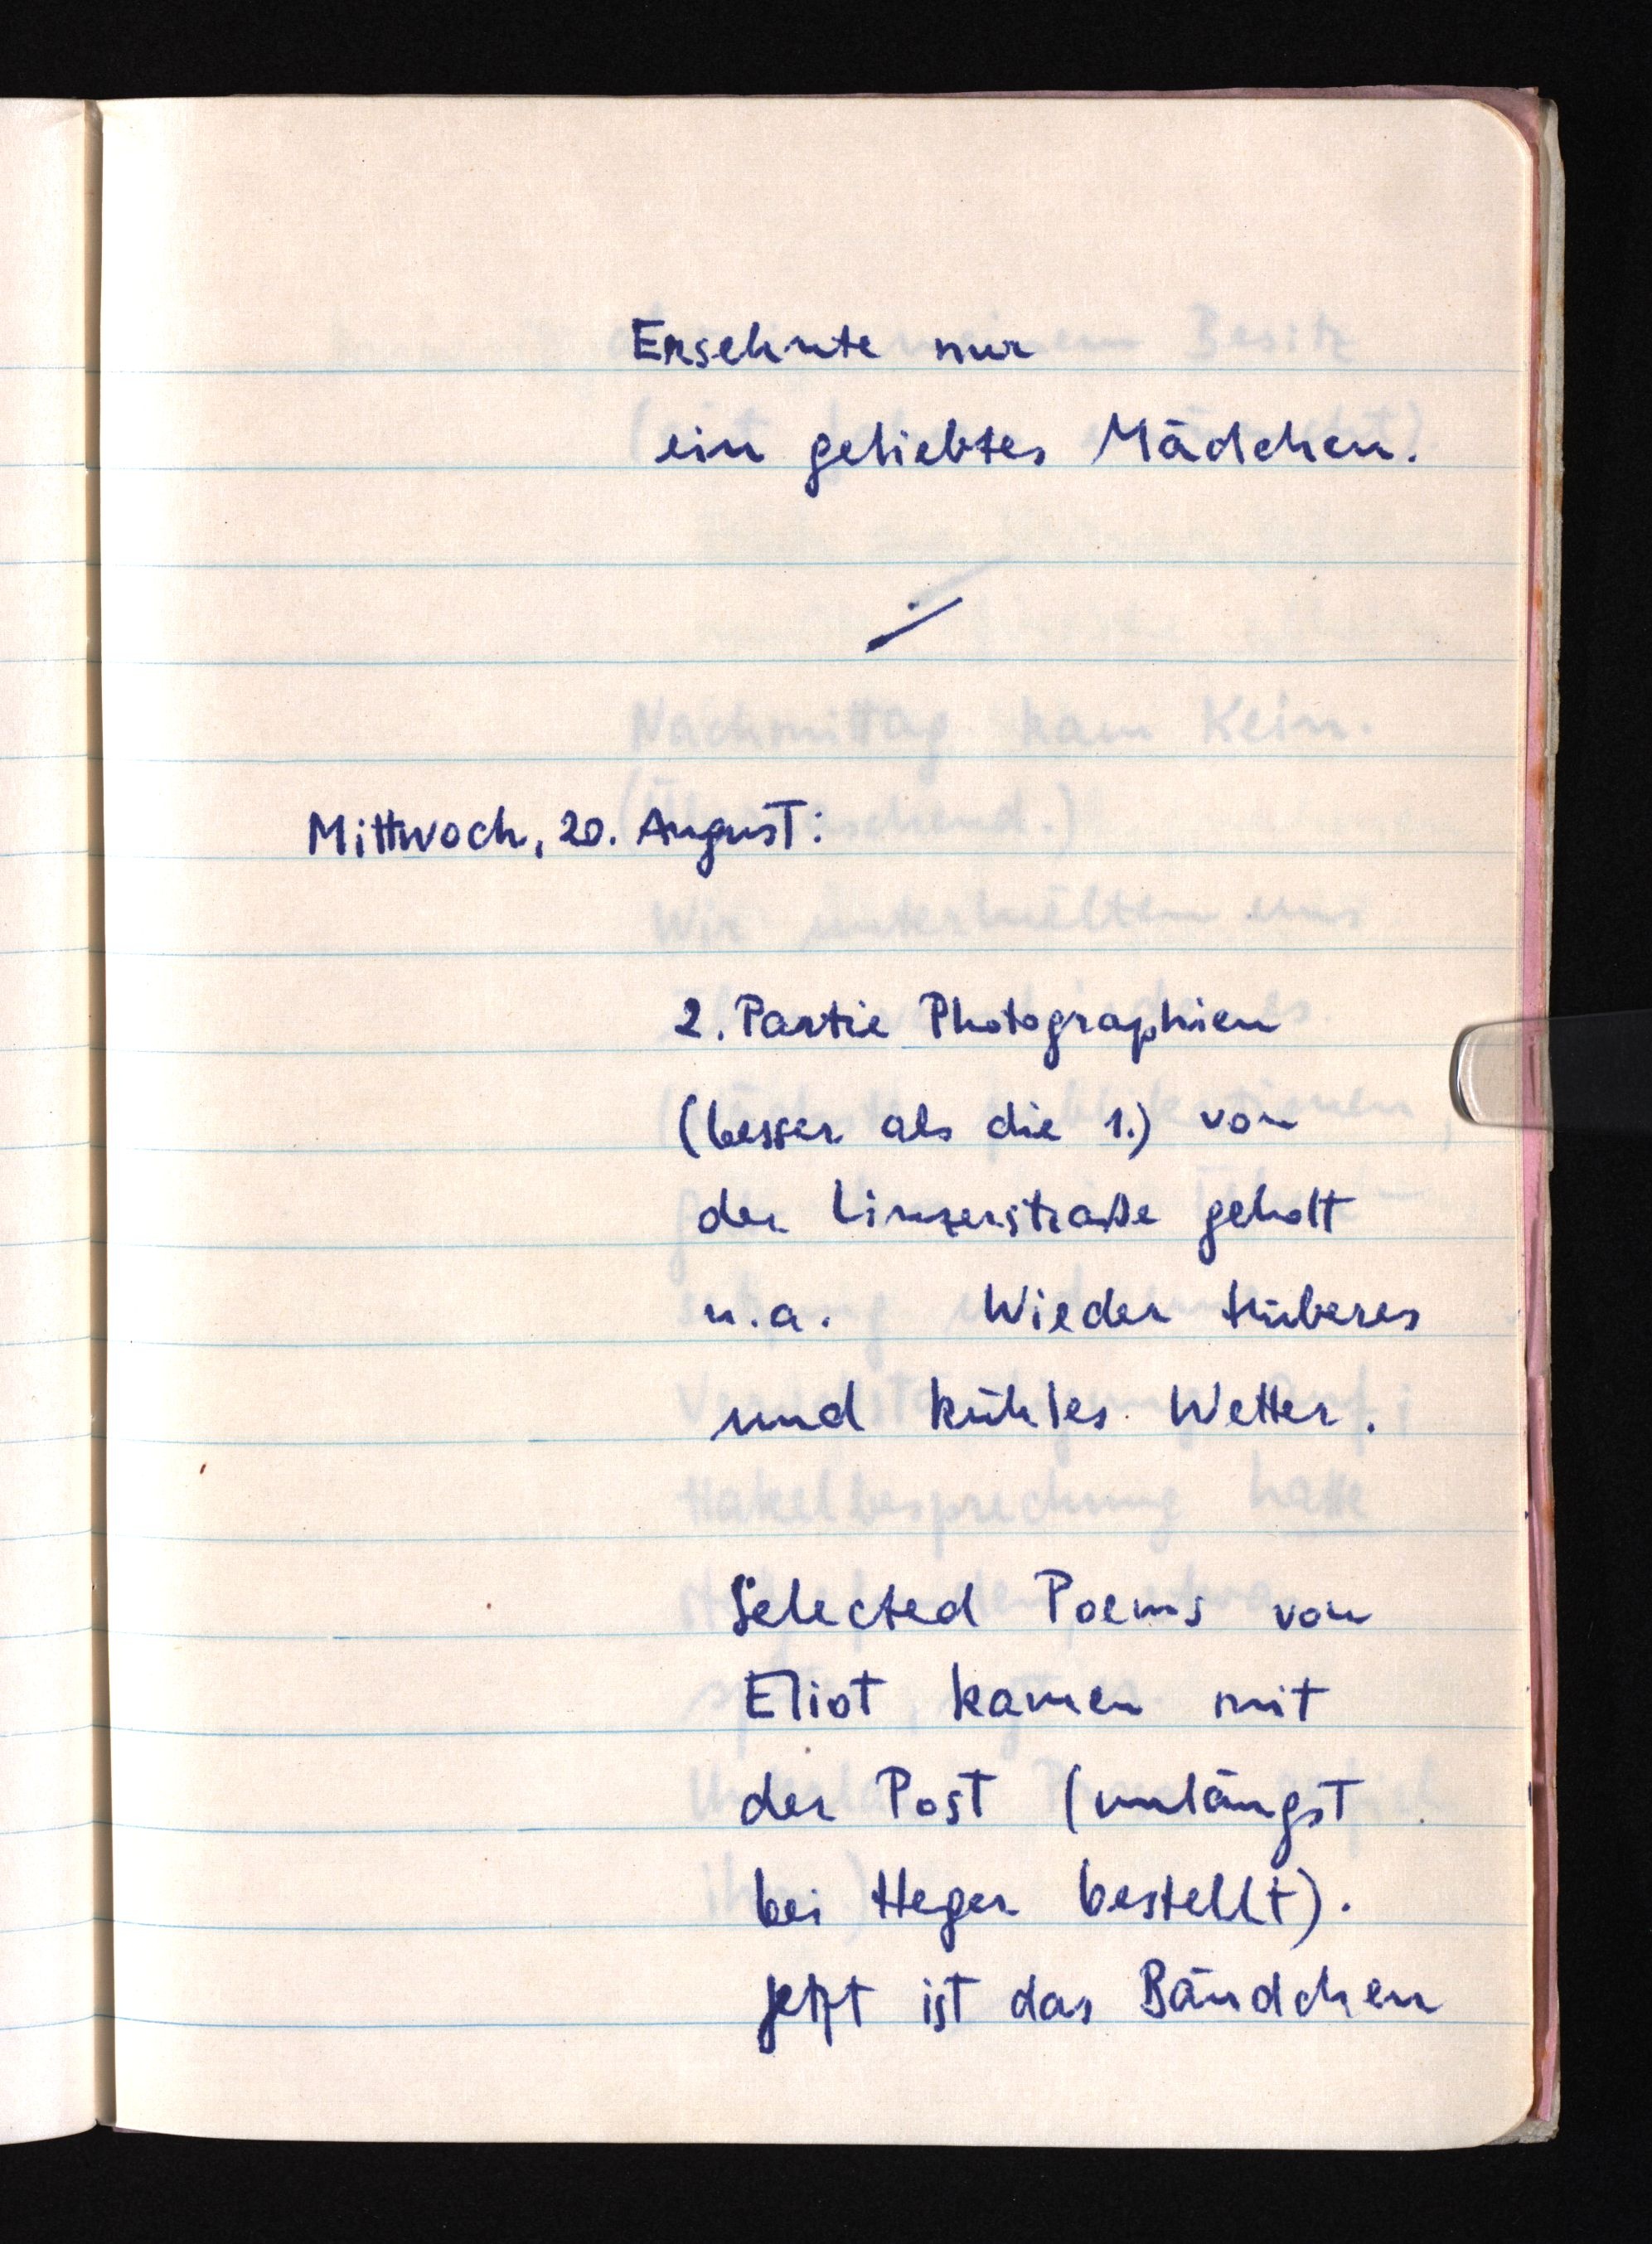
Ersehnte nur
ein geliebtes Mädchen.
Mittwoch, 20. August:
2. Partie Photographien
(besser als die 1.) von
der Linzerstraße geholt
u.a.Wieder trüberes
und kühles Wetter.
Selected Poems von
Eliot kamen mit
der Post (unlängst
bei Heger bestellt).
Jetzt ist das Bändchen